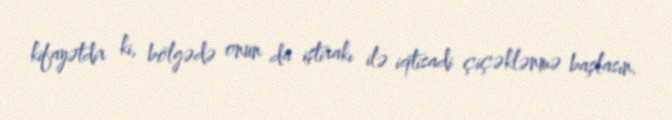
kifayətdir ki, bölgədə onun da iştirakı ilə iqtisadi çiçəklənmə başlasın.